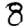
Digit: 8